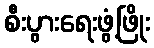
စီးပွားရေးဖွံ့ဖြိုး